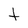
Character: t